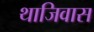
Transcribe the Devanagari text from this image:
थाजिवास